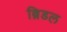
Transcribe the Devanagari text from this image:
ब्रिडल